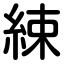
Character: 綀